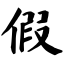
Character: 假